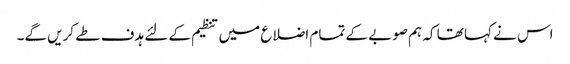
اس نے کہا تھا کہ ہم صوبے کے تمام اضلاع میں تنظیم کے لئے ہدف طے کریں گے۔